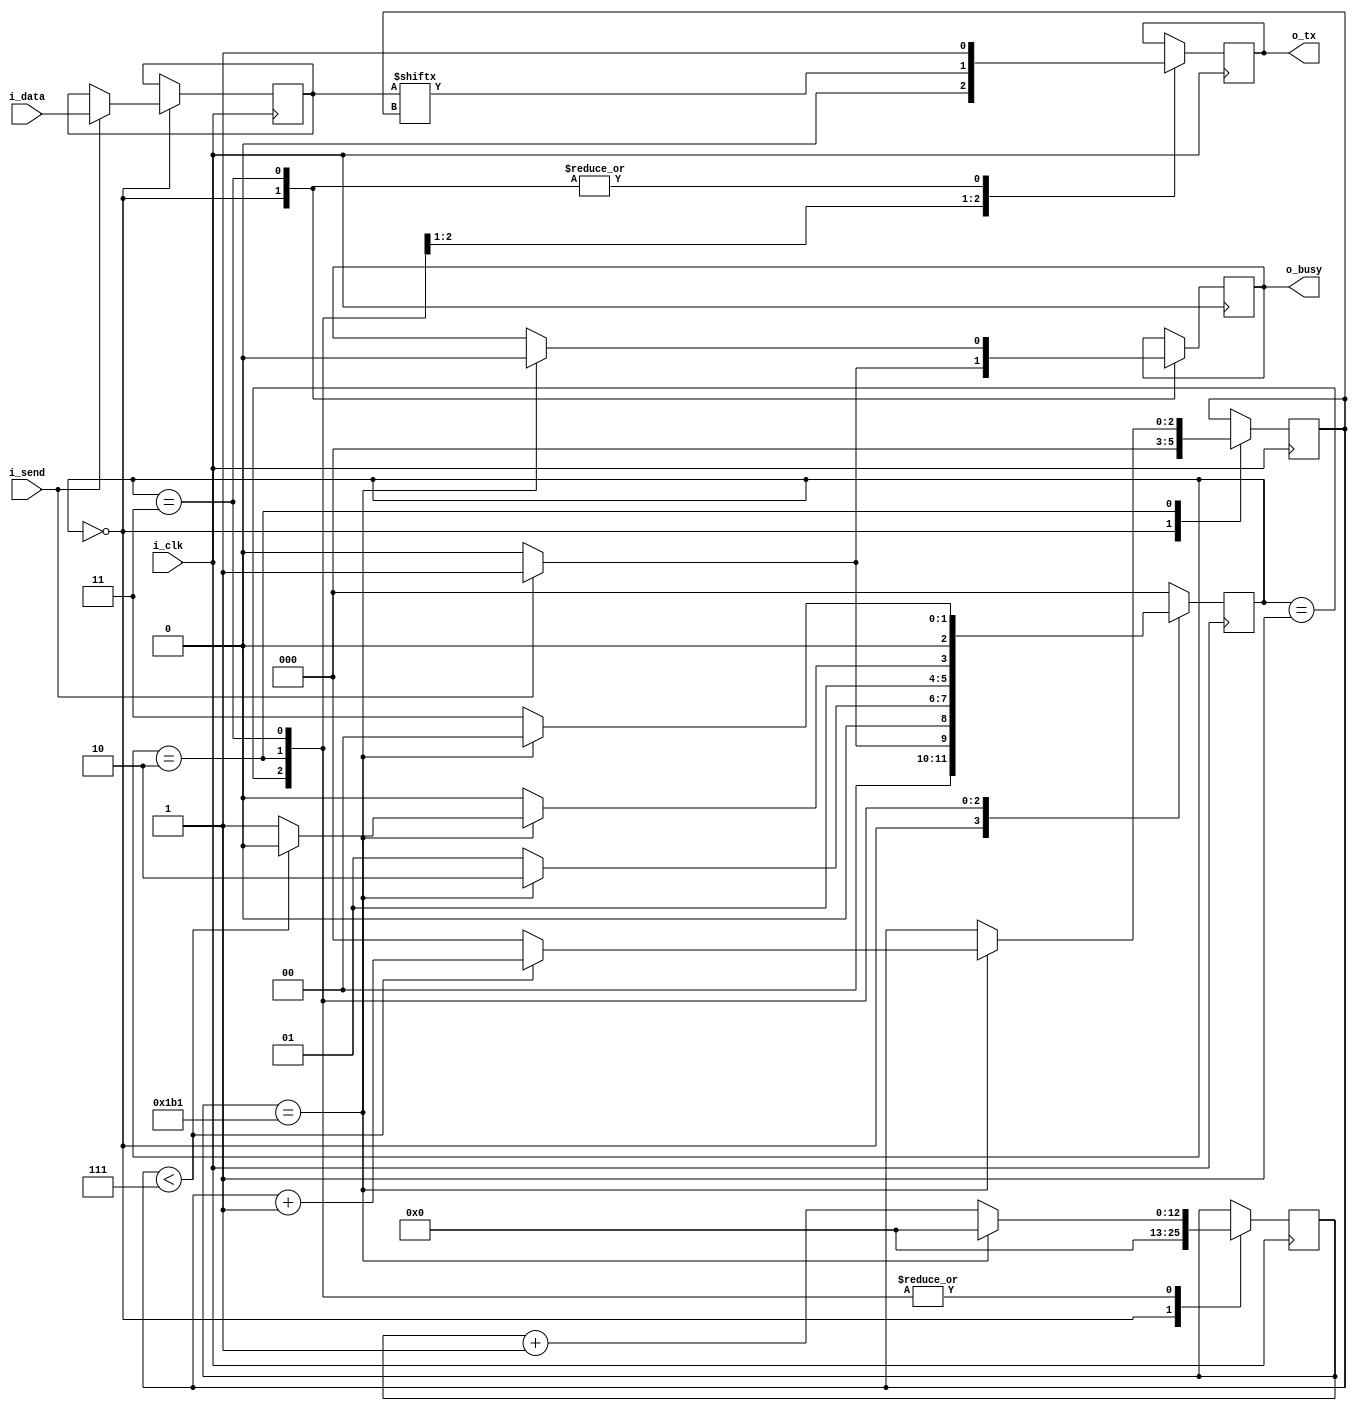
// CLK_COUNT = (i_clk_frequency)/(baud_rate)
// Example:
//	50 000 000 Hz/115 200 baud ~ 434
//	50 000 000 Hz/9 600 baud ~ 5208

module uart_tx (
	input i_clk,
	input [7:0] i_data,
	input i_send,
	output o_busy,
	output o_tx
);

parameter CLK_COUNT = 434;	//baud=115200

parameter IDLE = 3'b000;
parameter START_BIT = 3'b001;
parameter DATA_BIT = 3'b010;
parameter STOP_BIT = 3'b011;

reg [2:0] r_state = 0;
reg [12:0] r_counter = 0;
reg [2:0] r_index = 0;
reg r_tx = 1'b1;
reg r_busy = 1'b0;
reg [7:0] r_data;

always @ (posedge i_clk)
	begin
		case(r_state)
			IDLE:
			begin
				r_tx <= 1'b1;
				r_busy <= 1'b0;
				r_counter <= 0;
				r_index <= 0;
				
				if(i_send == 1'b1) 
				begin
					r_data <= i_data;
					r_busy <= 1'b1;
					r_state <= START_BIT;
				end
				else r_state <= IDLE;
			end
			
			START_BIT:
			begin
				r_tx <= 1'b0;			
			
				if(r_counter == CLK_COUNT-1)
				begin
						r_counter <= 0;
						r_state <= DATA_BIT;
				end
				else 
				begin
					r_counter <= r_counter + 1;
					r_state <= START_BIT;
				end
			end
			
			DATA_BIT:
			begin
				r_tx <= r_data[r_index];
			
				if(r_counter == CLK_COUNT-1)
				begin
					r_counter <= 0;
					
					if(r_index<7)
					begin
						r_index <= r_index + 1;
						r_state <= DATA_BIT;
					end
					else
					begin
						r_index <= 0;
						r_state <= STOP_BIT;
					end
				end
				else 
				begin
					r_counter <= r_counter + 1;
					r_state <= DATA_BIT;
				end
			end
			
			STOP_BIT:
			begin
				r_tx <= 1'b1;
			
				if(r_counter == CLK_COUNT-1)
				begin
						r_counter <= 0;
						r_busy <= 1'b0;
						r_state <= IDLE;
				end
				else 
				begin
					r_counter <= r_counter + 1;
					r_state <= STOP_BIT;
				end
			end
			
			default:
			begin
				r_state <= IDLE;
			end
		endcase
	end

	assign o_busy = r_busy;
	assign o_tx = r_tx;
	
endmodule